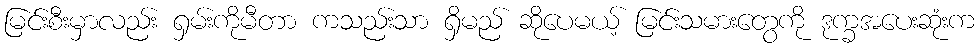
မြင်းစီးမှာလည်း ရှမ်းကိုမီတာ ကသည်းသာ ရှိမည် ဆိုပေမယ့် မြင်းသမားတွေကို ဒုက္ခအပေးဆုံးက